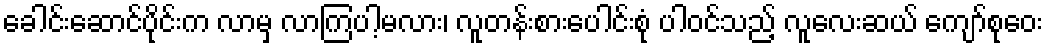
ခေါင်းဆောင်ပိုင်းက လာမှ လာကြပါ့မလား၊ လူတန်းစားပေါင်းစုံ ပါဝင်သည့် လူလေးဆယ် ကျော်စုဝေး